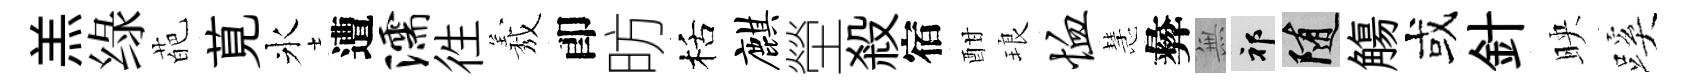
羔绿葩莧氷遭濡徃𦏁卽昉栝麒塋殺宿酣琅恤慧彜𭴾祁隨觴或針映蹊